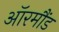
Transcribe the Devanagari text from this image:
ऑरमौंड